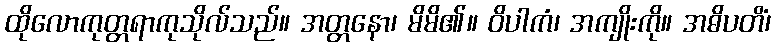
ထိုလောကုတ္တရာကုသိုလ်သည်။ အတ္တနော၊ မိမိ၏။ ဝိပါကံ၊ အကျိုးကို။ အဓိပတိံ၊